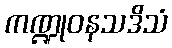
ကဏ္ဍုဝနသဒိသံ